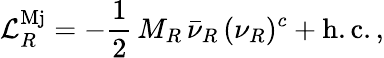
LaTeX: \mathcal{L}_{R}^{\mathrm{Mj}}=-\frac{1}{2}\, M_{R}\, \bar{\nu}_{R}\, (\nu_{R})^{c}+\mathrm{h.c.}\, ,